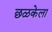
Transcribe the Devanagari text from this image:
छळकेला